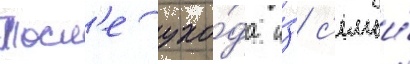
Посл'е ухо́да и́з с'емьи́